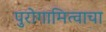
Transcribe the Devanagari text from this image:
पुरोगामित्वाचा